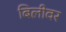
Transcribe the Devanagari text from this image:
बिलीवर